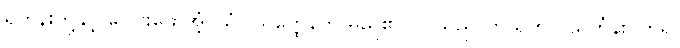
ရဟန်းတို့နှင့် ပေါင်းဖော်အံ့၊ သံဝါသတ္ထေနက မည်၏။ လူသည် ကိုယ်တိုင် သင်္ကန်းဝတ်၍